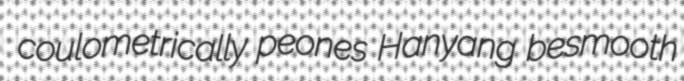
coulometrically peones Hanyang besmooth